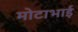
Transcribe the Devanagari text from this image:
मोटाभाई